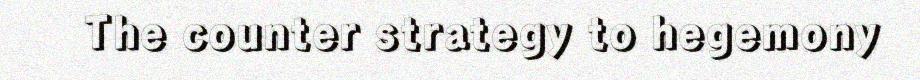
The counter strategy to hegemony